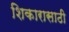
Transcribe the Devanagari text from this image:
शिकारासाठी